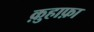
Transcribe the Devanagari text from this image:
क़ुहाफ़ा